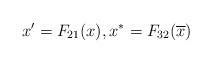
LaTeX: \begin{align*}x'=F_{21}(x),x^{*}=F_{32}(\overline{x})\end{align*}